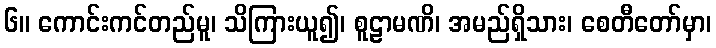
၆။ ကောင်းကင်တည်မူ၊ သိကြားယူ၍၊ စူဠာမဏိ၊ အမည်ရှိသား၊ စေတီတော်မှာ၊